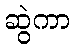
ဆွဲကာ